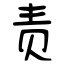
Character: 责